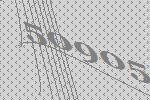
50905